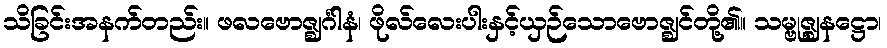
သိခြင်းအနက်တည်း။ ဖလဗောဇ္ဈင်္ဂါနံ၊ ဖိုလ်လေးပါးနှင့်ယှဉ်သောဗောဇ္ဈင်တို့၏။ သမ္ဗုဇ္ဈနဋ္ဌော၊